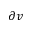
\partial v